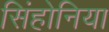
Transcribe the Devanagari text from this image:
सिंहोनिया